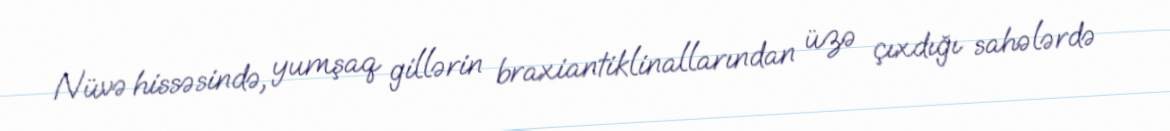
Nüvə hissəsində, yumşaq gillərin braxiantiklinallarından üzə çıxdığı sahələrdə